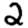
Digit: 2